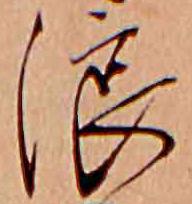
浪